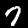
Digit: 7